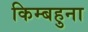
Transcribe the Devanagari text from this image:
किम्बहुना